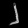
Digit: ၂